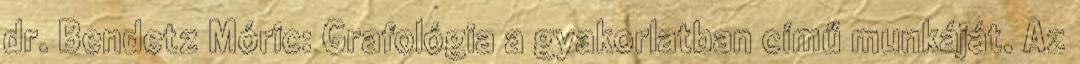
dr. Bendetz Móric: Grafológia a gyakorlatban című munkáját. Az